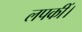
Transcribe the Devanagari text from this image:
लपकीं।